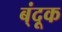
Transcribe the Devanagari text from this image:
ब्ंदूक